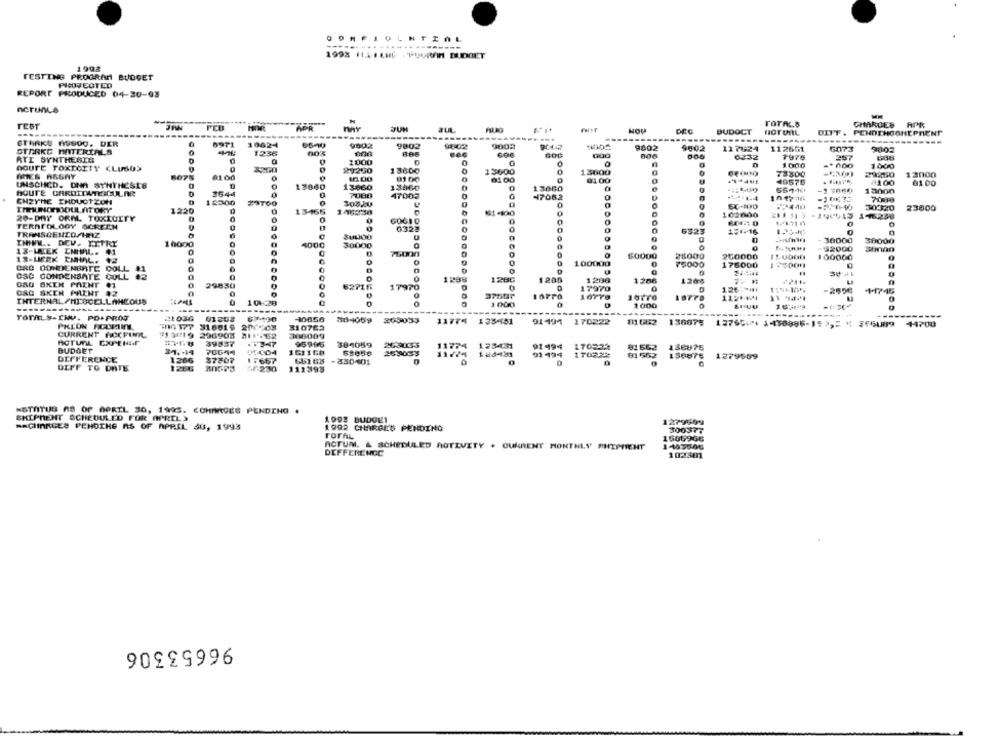
OOMFLOLNTZAL
----...
1998 1150 LHC , TUURAM BUDGET
1998
TESTING PROGRAM BUDGET
PICOJEGTED
REPORT PRODUCED 04-30-03
ncrunce
MM
rest
-
när
CHARLES
APR
NOU
BUDOCT
DIFF . PENOTHOGHEPRENT
---------------
STERKE AUSOG. DER
6971
10624
9802
9802
9802
9002
9402
9502
11 7624
112651
GO73
9003
STARKG MATERIALS
1236
RAS
000
6232
257
RTI SYNTHESIE
1.000
1000
1000
DOUTE TOXTOETT CLUSOS
21260
13600
13600
13600
0
8075
6100
0100
0
73800
29260
13000
UNSCHCD. DNA SYNTHESIS
13840
13860
81.00
49576
7100
01 00
3644
13060
0
0
13060
-1 3060
13000
ENZYME ENDUCT ZON
12500
7080
47002
47082
0
-106 72
700
29700
30320
23800
1220
13-165
61-100
100000
21131> -340445 146258
20-DAY ORAL TOXICITY
0
0
TERATOLOGY SCREEN
0
0323
0
6323
176.16
TRANSCENCO/HAZ
0
0
10000
4000
38000
modo
13-WEEK ENHAL. 01
76000
12-LICEK EMHIAL. 12
$0000
26000
250000
ORD DONDEMBATE DOLL
0
cas
100000
0
176000
OSC CONDENSATE GOLL
0
0
1238
1280
1206
120%
GAG SXEN PAINT 41
29830
0
62715
126 **** 1
080 SKEN PAINT 92
0
10770
INTERNAL/MISCELLANEOUS
106:28
SOD
1000
SHIUU
------
TOTALS-IMU. PO+PROJ
10056
204059 205033
--------
31601 9
310762
11774 135451
01194 170222
111662 136075
CURRENT NICFIMIL
200903 211 -62
388009
ACTUAL EXPENER
39837
BUDGET
95995
304059
258033
123431
91494
170522
51 562
136875
OT CO4
01494
81 552
150875
1279589
DIFFERENCE
1266
87307
15667
-830401
DIFF TO DATE
230
112393
-STATUS 68 OF APRIL 30, 1995. COMIMAGES PENDING .
SHIPMENT SCHEDULED FOR APRIL>
1993 BUDGET
1279999
== CHARGES PENOTHE AS OF APRIL JU, 1993
1992 CHARGES PENDING
300377
FOTAL
1606966
ACTUM. & SCHEDULED NOTIVITY . CURRENT MONTHLY SHEPHENT
DIFFERENOC
102301
96653306